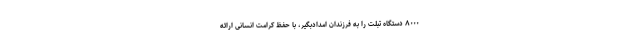
۸۰۰۰ دستگاه تبلت را به فرزندان امدادبگیر، با حفظ کرامت انسانی ارائه